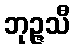
ဘုဉ္ဇသီ